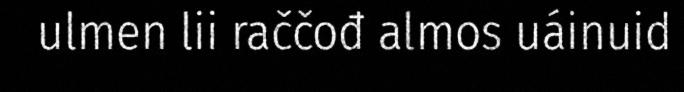
ulmen lii raččođ almos uáinuid